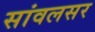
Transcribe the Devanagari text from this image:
सांवलसर